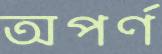
অপর্ণ